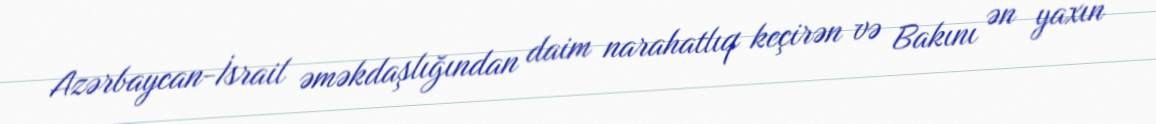
Azərbaycan-İsrail əməkdaşlığından daim narahatlıq keçirən və Bakını ən yaxın